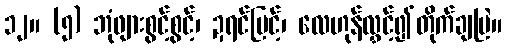
၁၂။ (၅) ဘုံဖျားစွင့်စွင့်၊ ဍရင်မြင့်၊ လေဟုန်လွှင့်၍တိုက်ချမြဲ။